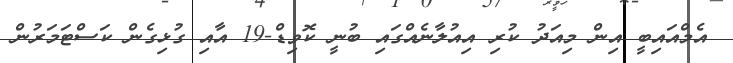
އެމްއައިބީ އިން މިއަދު ކުރި އިއުލާނެއްގައި ބުނީ ކޮވިޑް-19 އާއި ގުޅިގެން ކަސްޓަމަރުން